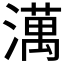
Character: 澫